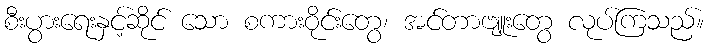
စီးပွားရေးနှင့်ဆိုင် သော စကားဝိုင်းတွေ၊ အင်တာဗျူးတွေ လုပ်ကြသည်။